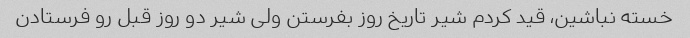
خسته نباشین، قید کردم شیر تاریخ روز بفرستن ولی شیر دو روز قبل رو فرستادن